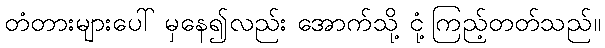
တံတားများပေါ် မှနေ၍လည်း အောက်သို့ ငုံ့ကြည့်တတ်သည်။